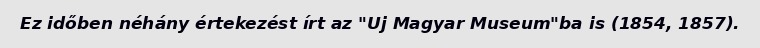
Ez időben néhány értekezést írt az "Uj Magyar Museum"ba is (1854, 1857).